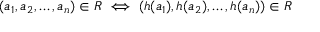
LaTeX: ( a _ { 1 } , a _ { 2 } , \dots , a _ { n } ) \in R \iff ( h ( a _ { 1 } ) , h ( a _ { 2 } ) , \dots , h ( a _ { n } ) ) \in R